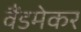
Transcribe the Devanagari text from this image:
वैंडमेकर